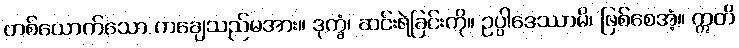
တစ်ယောက်သော ကချေသည်မအား။ ဒုက္ခံ၊ ဆင်းရဲခြင်းကို။ ဥပ္ပါဒေဿာမိ၊ ဖြစ်စေအံ့။ ဣတိ